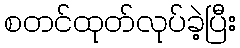
စတင်ထုတ်လုပ်ခဲ့ပြီး